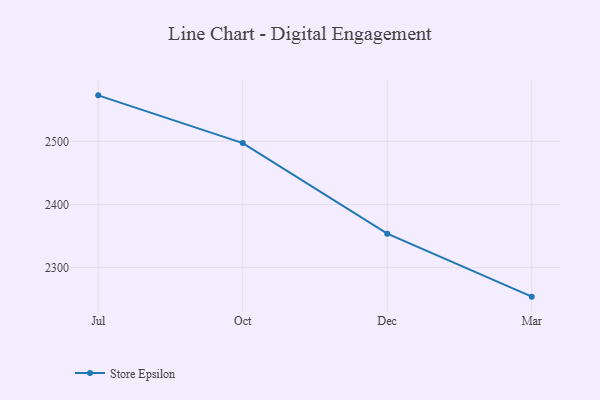
{"axis": {"x": "Month", "y": "Headcount"}, "legend": ["Store Epsilon"], "data": [{"x": "Jul", "y": 2572.8, "type": "Store Epsilon"}, {"x": "Oct", "y": 2497.2, "type": "Store Epsilon"}, {"x": "Dec", "y": 2353.7, "type": "Store Epsilon"}, {"x": "Mar", "y": 2253.9, "type": "Store Epsilon"}]}